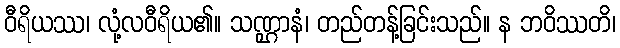
ဝီရိယဿ၊ လုံ့လဝီရိယ၏။ သဏ္ဌာနံ၊ တည်တန့်ခြင်းသည်။ န ဘဝိဿတိ၊